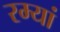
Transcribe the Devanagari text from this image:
रम्यां